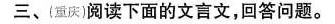
三、(重庆)阅读下面的文言文，回答问题。